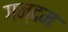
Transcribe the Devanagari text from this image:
गन्दम